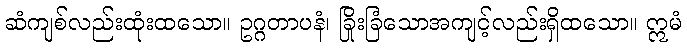
ဆံကျစ်လည်းထုံးထသော။ ဥဂ္ဂတာပနံ၊ ခြိုးခြံသောအကျင့်လည်းရှိထသော။ ဣမံ